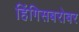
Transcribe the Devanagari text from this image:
हिंगिसबरोबर